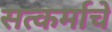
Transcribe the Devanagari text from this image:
सत्कर्माचे